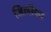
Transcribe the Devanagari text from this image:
जिलोँका